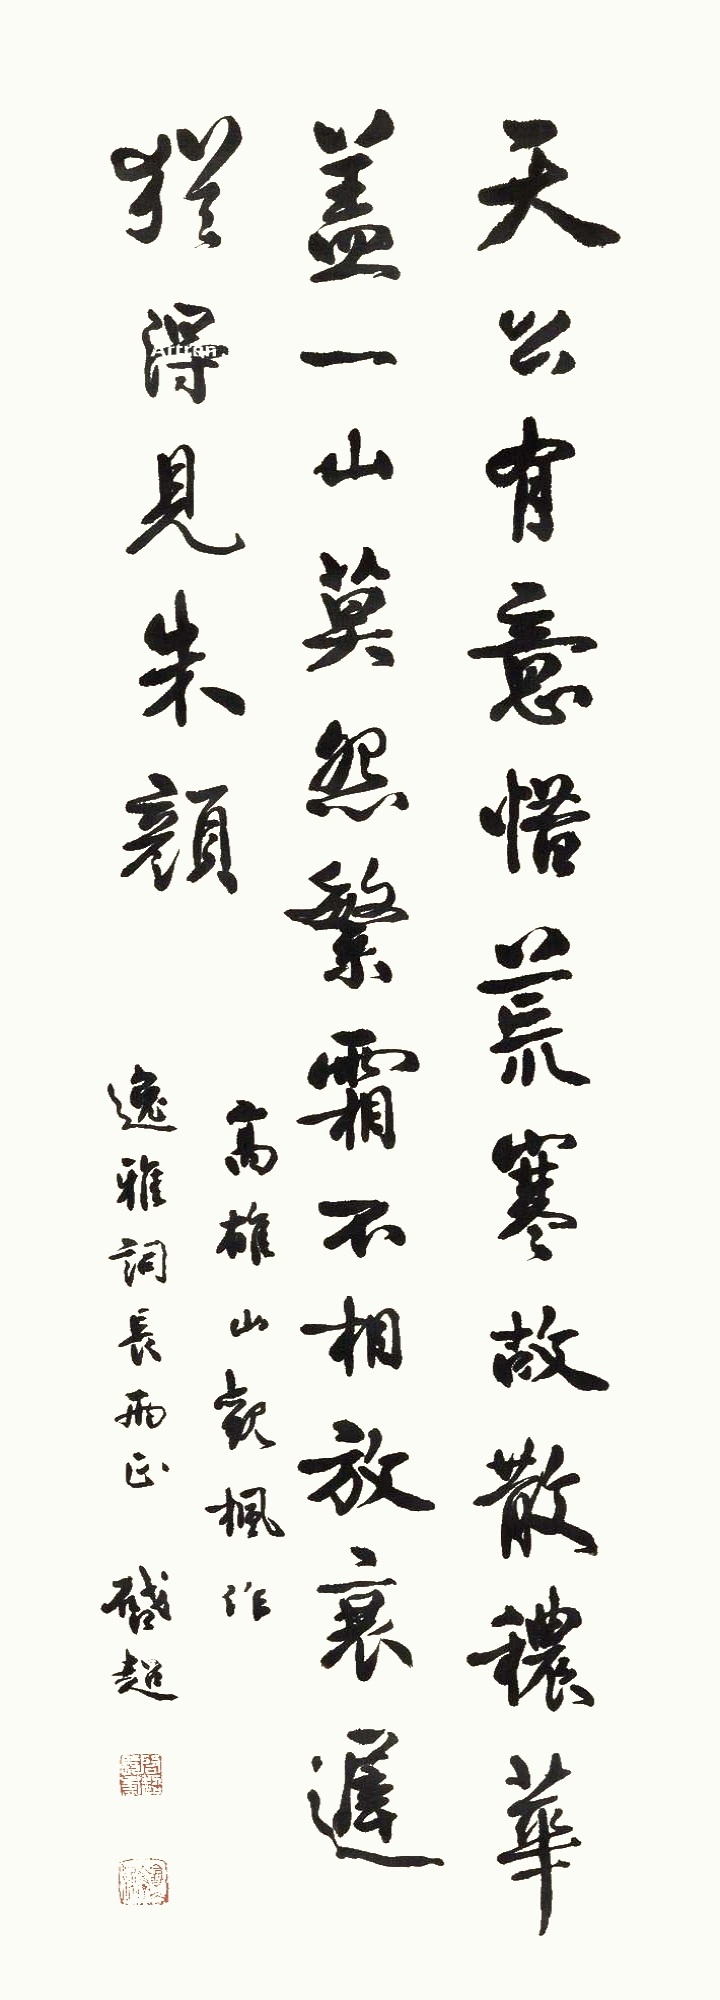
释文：天公有意惜荒寒，故散秾华盖一山。莫怨繁霜不相放，衰迟犹得见朱颜。高雄山观枫作，逸雅词长两正，启超。